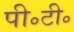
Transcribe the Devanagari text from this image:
पी॰टी॰